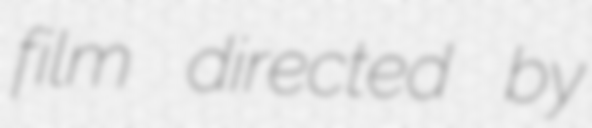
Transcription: film directed by